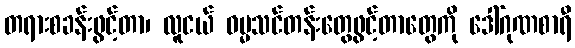
တရားစခန်းဖွင့်တာ၊ လူငယ် ဓမ္မသင်တန်းတွေဖွင့်တာတွေကို ဒေါ်ဂုဏစာရီ